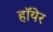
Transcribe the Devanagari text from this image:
हॉयेर